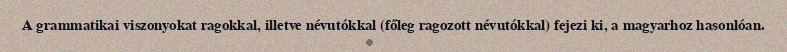
A grammatikai viszonyokat ragokkal, illetve névutókkal (főleg ragozott névutókkal) fejezi ki, a magyarhoz hasonlóan.